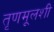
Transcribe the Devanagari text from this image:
तृणमूलशी